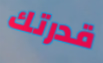
قدرتك